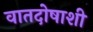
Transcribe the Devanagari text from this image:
वातदोषाशी